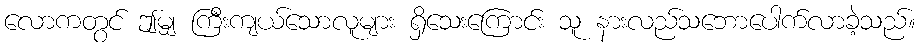
လောကတွင် ဤမျှ ကြီးကျယ်သောလူများ ရှိသေးကြောင်း သူ နားလည်သဘောပေါက်လာခဲ့သည်။